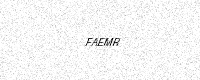
Text: FAEMR